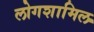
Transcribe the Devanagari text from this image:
लोगशामिल